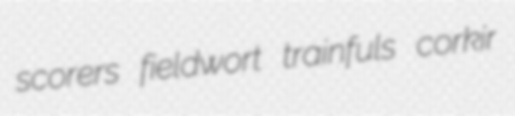
scorers fieldwort trainfuls corkir